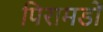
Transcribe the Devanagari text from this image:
पिरामडों